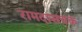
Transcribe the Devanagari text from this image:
रामदासचक